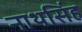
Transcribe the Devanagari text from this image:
नाथसिंह